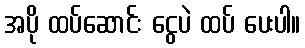
အပို ထပ်ဆောင်း ငွေပဲ ထပ် ပေးပါ။